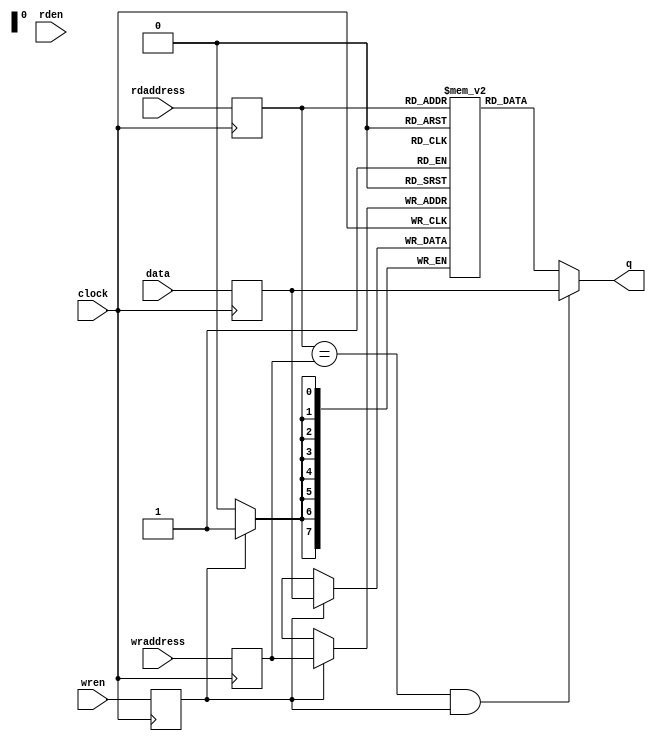
/********************************************************/
/*                      LICENSE:			*/
/*------------------------------------------------------*/
/* These files can be used for the Embedded Computer    */
/* Architecture course (5SIA0) at Eindhoven University  */
/* of technology. You are not allowed to distribute     */
/* these files to others.                               */
/* This header must be retained at all times		*/
/********************************************************/

module RAM_SDP_BE
#(
	parameter DATA_WIDTH = 8,
	parameter ADDR_WIDTH = 8,
	parameter DATAFILE = "",
	parameter DO_INIT = 1,
	parameter ADDRESSABLE_SIZE = 8
)
(
	clock,
	data,
	rdaddress,
	wraddress,
	wren,
	rden,
	q);

	
	localparam NUM_MEMS = DATA_WIDTH / ADDRESSABLE_SIZE;

	input	  clock;
	input	[DATA_WIDTH-1:0]  data;
	input	[ADDR_WIDTH-1:0]  rdaddress;
	input	[ADDR_WIDTH-1:0]  wraddress;
	input	  [NUM_MEMS-1:0] wren;
	input	  rden;
	output	[DATA_WIDTH-1:0]  q;
		
	reg [ADDR_WIDTH-1:0] rReadAddress;
	reg [ADDR_WIDTH-1:0] rWriteAddress;
	reg [DATA_WIDTH-1:0] rWriteData;
	
	reg [DATA_WIDTH-1:0] rRAM [2**ADDR_WIDTH-1:0];
	reg  [NUM_MEMS-1:0] rWriteEnable;
	
	initial begin
		if (DO_INIT & DATAFILE!="")
			$readmemb(DATAFILE, rRAM, 0, 2**ADDR_WIDTH-1);
	end
	
	integer x;
	
	always @(posedge clock)
	begin
		//if (!(|wren))
			rReadAddress <= rdaddress;
		//else begin
			rWriteAddress <= wraddress;
			rWriteEnable <= wren;
			rWriteData <= data;			
		//end
			
		for (x=0; x<NUM_MEMS; x=x+1)
			if (rWriteEnable[x])
				rRAM[rWriteAddress][x*ADDRESSABLE_SIZE+:ADDRESSABLE_SIZE] <= rWriteData[x*ADDRESSABLE_SIZE+:ADDRESSABLE_SIZE];
	end
	
	genvar currMem;

	generate
		for (currMem=0; currMem<NUM_MEMS; currMem=currMem+1)
			begin : forwarding
				assign q[(currMem+1)*ADDRESSABLE_SIZE-1:(currMem+0)*ADDRESSABLE_SIZE] = (rReadAddress == rWriteAddress & rWriteEnable[currMem]) ? rWriteData[(currMem+1)*ADDRESSABLE_SIZE-1:(currMem+0)*ADDRESSABLE_SIZE] : rRAM[rReadAddress][(currMem+1)*ADDRESSABLE_SIZE-1:(currMem+0)*ADDRESSABLE_SIZE];
			end
	endgenerate
	
endmodule